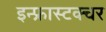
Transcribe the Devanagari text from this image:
इन्फ्रास्टक्चर